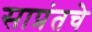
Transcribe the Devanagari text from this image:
साप्रंतचे